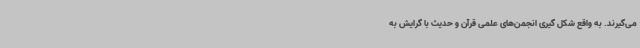
می‌گیرند. به واقع شکل گیری انجمن‌های علمی قرآن و حدیث با گرایش به